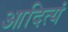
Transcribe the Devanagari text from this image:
आदित्यं